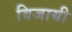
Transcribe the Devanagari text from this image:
विजायी